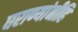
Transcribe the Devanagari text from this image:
घराण्यांनीहि